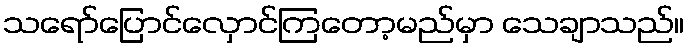
သရော်ပြောင်လှောင်ကြတော့မည်မှာ သေချာသည်။